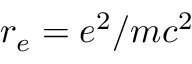
r _ { e } = e ^ { 2 } / m c ^ { 2 }